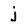
Character: j